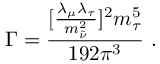
\Gamma = \displaystyle \frac { [ \frac { \lambda _ { \mu } \lambda _ { \tau } } { m _ { \tilde { \nu } } ^ { 2 } } ] ^ { 2 } m _ { \tau } ^ { 5 } } { 1 9 2 \pi ^ { 3 } } ~ .